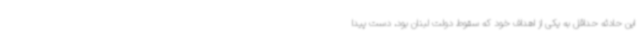
این حادثه حداقل به یکی از اهداف خود که سقوط دولت لبنان بود، دست پیدا